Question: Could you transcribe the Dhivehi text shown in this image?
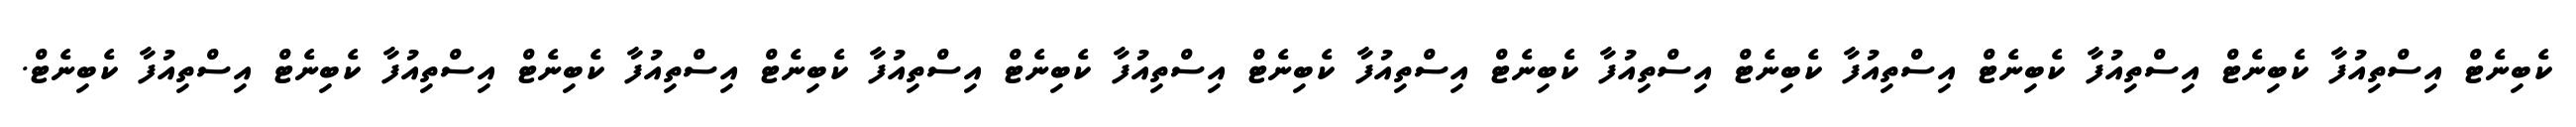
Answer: ކެބިނެޓް އިސްތިއުފާ ކެބިނެޓް އިސްތިއުފާ ކެބިނެޓް އިސްތިއުފާ ކެބިނެޓް އިސްތިއުފާ ކެބިނެޓް އިސްތިއުފާ ކެބިނެޓް އިސްތިއުފާ ކެބިނެޓް އިސްތިއުފާ ކެބިނެޓް އިސްތިއުފާ ކެބިނެޓް އިސްތިއުފާ ކެބިނެޓް އިސްތިއުފާ ކެބިނެޓް.